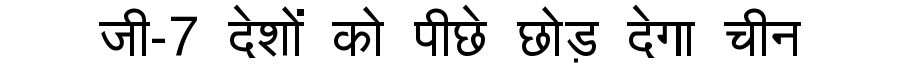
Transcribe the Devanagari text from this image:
जी-7 देशों को पीछे छोड़ देगा चीन